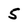
Character: 5